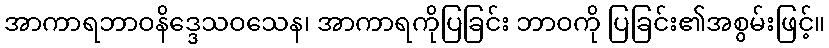
အာကာရဘာဝနိဒ္ဒေသဝသေန၊ အာကာရကိုပြခြင်း ဘာဝကို ပြခြင်း၏အစွမ်းဖြင့်။